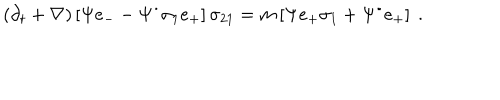
\left( \partial _ { t } + \nabla \right) \left[ \Psi e _ { - } - \Psi ^ { \bullet } \sigma _ { 1 } e _ { + } \right] \sigma _ { 2 1 } = m \left[ \Psi e _ { + } \sigma _ { 1 } + \Psi ^ { \bullet } e _ { + } \right] ~ .